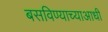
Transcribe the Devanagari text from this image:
बसविण्याच्याआधी